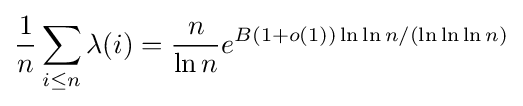
{\frac {1}{n}}\sum _{i\leq n}\lambda (i)={\frac {n}{\ln n}}e^{B(1+o(1))\ln \ln n/(\ln \ln \ln n)}